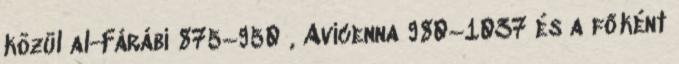
közül al-Fárábi 875–950 , Avicenna 980–1037 és a főként